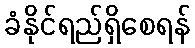
ခံနိုင်ရည်ရှိစေရန်